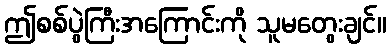
ဤစစ်ပွဲကြီးအကြောင်းကို သူမတွေးချင်။